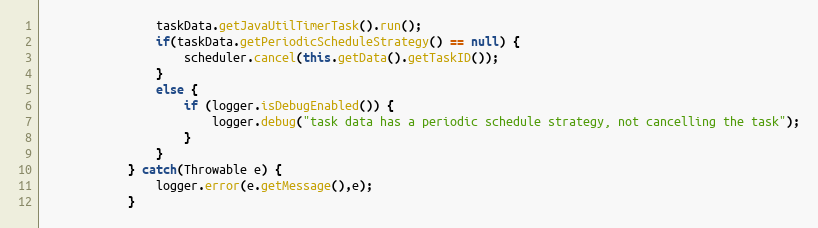
Language: Java
				taskData.getJavaUtilTimerTask().run();
				if(taskData.getPeriodicScheduleStrategy() == null) {
					scheduler.cancel(this.getData().getTaskID());
				}
				else {
					if (logger.isDebugEnabled()) {
						logger.debug("task data has a periodic schedule strategy, not cancelling the task");
					}
				}
			} catch(Throwable e) {
				logger.error(e.getMessage(),e);
			}